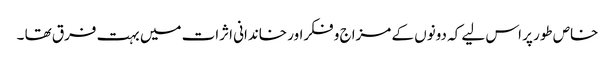
خاص طور پر اس لیے کہ دونوں کے مزاج و فکراور خاندانی اثرات میں بہت فرق تھا ۔